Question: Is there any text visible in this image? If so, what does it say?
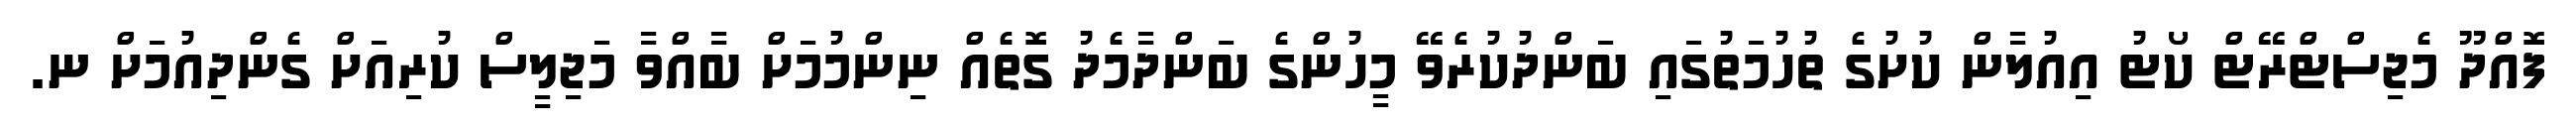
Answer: ފޮއްދޫ މެޖިސްޓްރޭޓް ކޯޓު އިއުލާން ކުށުގެ ތުހުމަތުގައި ބަންދުކުރެވޭ މީހުންގެ ބަންދާމެދު ގޮތެއް ނިންމުމަށް ބާއްވާ މަޖިލީސް ކުރިއަށް ގެންދިއުމަށް ނ.